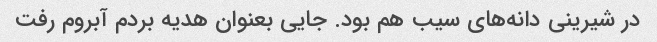
در شیرینی دانه‌های سیب هم بود. جایی بعنوان هدیه بردم آبروم رفت